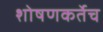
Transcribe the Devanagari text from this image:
शोषणकर्तेच